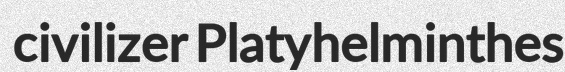
civilizer Platyhelminthes